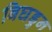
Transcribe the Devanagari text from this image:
बिघडुन